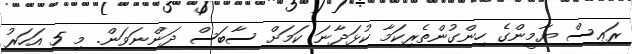
ރަޢިސް ޔާމީންގެ ހިންގުންތެރިކަމާ ކުޅަދާނަ ކަމަށް ސާބަސް ދަންނަވަން. މި 5 އަހަރު